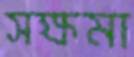
সক্ষমা